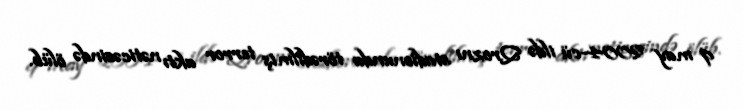
9 may 2004-cü ildə Qroznı stadionunda törədilmiş terror aktı nəticəsində ölüb.